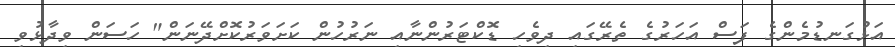
އަޅުގަނޑުމެންގެ ފަސް އަހަރުގެ ތެރޭގައި ދިވެހި ޑޮކްޓަރުންނާއި ނަރުހުން ކަަށަވަރުކޮށްދޭނަން" ހަސަން ވިދާޅުވި